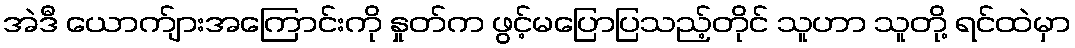
အဲဒီ ယောက်ျားအကြောင်းကို နှုတ်က ဖွင့်မပြောပြသည့်တိုင် သူဟာ သူတို့ ရင်ထဲမှာ